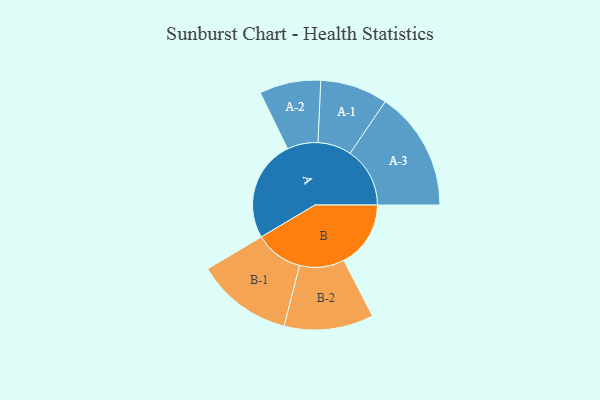
{"axis": {"x": "Segment", "y": "Value"}, "legend": ["", "A", "B"], "data": [{"x": "A", "y": 436, "type": ""}, {"x": "B", "y": 288, "type": ""}, {"x": "A-1", "y": 145, "type": "A"}, {"x": "A-2", "y": 132, "type": "A"}, {"x": "A-3", "y": 257, "type": "A"}, {"x": "B-1", "y": 207, "type": "B"}, {"x": "B-2", "y": 192, "type": "B"}]}